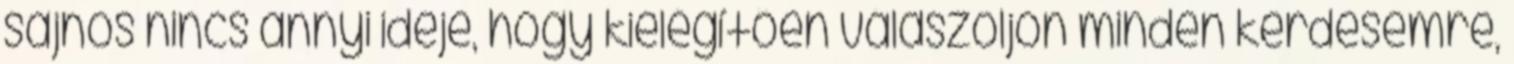
sajnos nincs annyi ideje, hogy kielégítően válaszoljon minden kérdésemre,